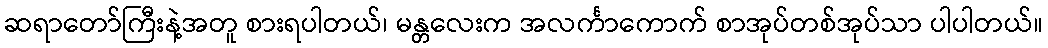
ဆရာတော်ကြီးနဲ့အတူ စားရပါတယ်၊ မန္တလေးက အလင်္ကာကောက် စာအုပ်တစ်အုပ်သာ ပါပါတယ်။